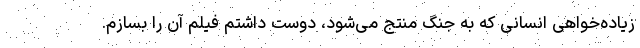
زیاده‌خواهی انسانی که به جنگ منتج می‌شود، دوست داشتم فیلم آن را بسازم.